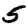
Digit: 5